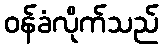
ဝန်ခံလိုက်သည်